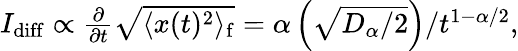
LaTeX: \begin{array}{r}{I_{\mathrm{diff}}\propto\frac{\partial}{\partial t}\sqrt{\langle x(t)^{2}\rangle_{\mathrm{f}}}=\alpha\left(\sqrt{D_{\alpha}/2}\right)/t^{1-\alpha/2},}\end{array}